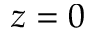
z = 0